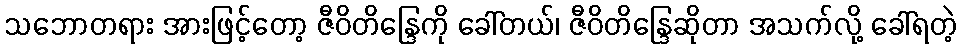
သဘောတရား အားဖြင့်တော့ ဇီဝိတိန္ဒြေကို ခေါ်တယ်၊ ဇီဝိတိန္ဒြေဆိုတာ အသက်လို့ ခေါ်ရတဲ့